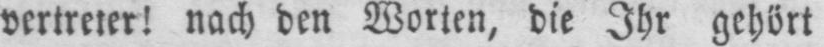
vertreter! nach den Worten, die Ihr gehört